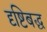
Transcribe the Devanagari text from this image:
दृष्टिबद्ध